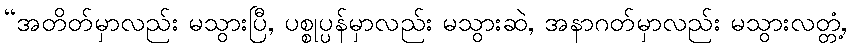
“အတိတ်မှာလည်း မသွားပြီ, ပစ္စုပ္ပန်မှာလည်း မသွားဆဲ, အနာဂတ်မှာလည်း မသွားလတ္တံ့,